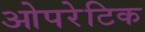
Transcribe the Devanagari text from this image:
ओपरेटिक